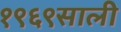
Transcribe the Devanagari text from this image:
१९६९साली